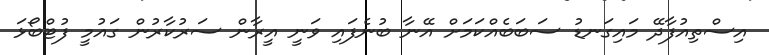
އިސްތިއުފާދޭ މައިގަނޑު ސަބަބެއްކަމަށް އޭނާ ބުނެފައި ވަނީ އީރާން ސަރުކާރުން ގައުމީ ފުޓްބޯޅަ